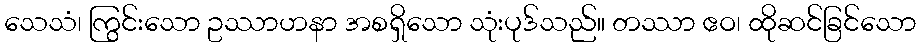
သေသံ၊ ကြွင်းသော ဥဿာဟနာ အစရှိသော သုံးပုဒ်သည်။ တဿာ ဧဝ၊ ထိုဆင်ခြင်သော